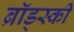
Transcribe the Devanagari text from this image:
ब्रॉड्स्की